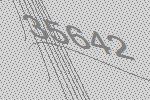
35642